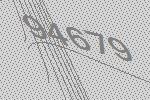
94679